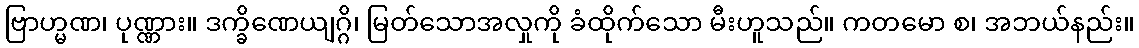
ဗြာဟ္မဏ၊ ပုဏ္ဏား။ ဒက္ခိဏေယျဂ္ဂိ၊ မြတ်သောအလှုကို ခံထိုက်သော မီးဟူသည်။ ကတမော စ၊ အဘယ်နည်း။